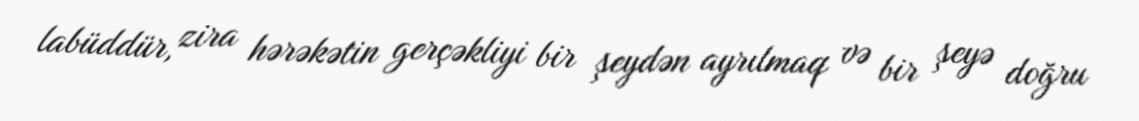
labüddür, zira hərəkətin gerçəkliyi bir şeydən ayrılmaq və bir şeyə doğru